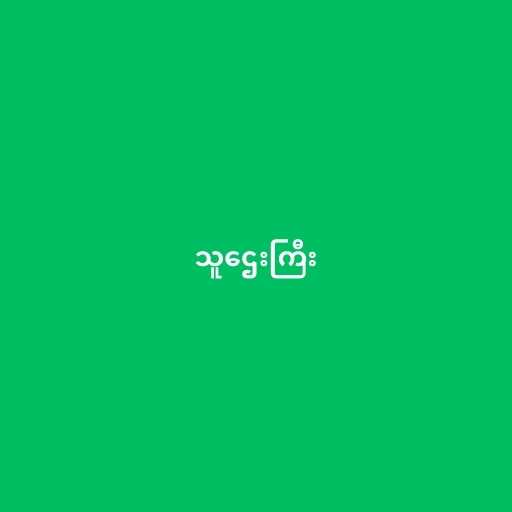
သူဌေးကြီး